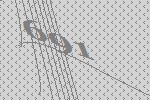
691